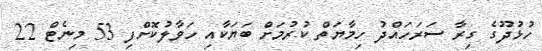
ހުޅުދޫގެ ގިރާ ސަރަހައްދު ހިމާޔަތް ކުރުމަށް ބަޔަކާއި ހަވާލުކޮށްފި 53 މިނެޓް 22